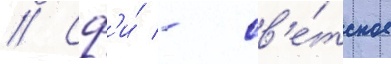
// Сф'и́ - св'е́тское